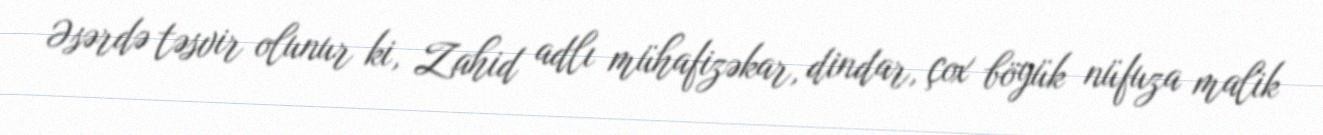
Əsərdə təsvir olunur ki, Zahid adlı mühafizəkar, dindar, çox böyük nüfuza malik